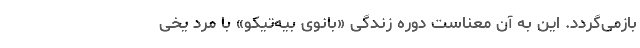
بازمی‌گردد. این به آن معناست دوره زندگی «بانوی بیه‌تیکو» با مرد یخی